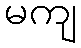
မကျ